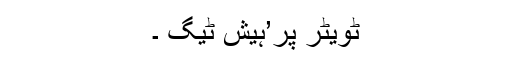
ٹویٹر پر’ہیش ٹیگ ۔